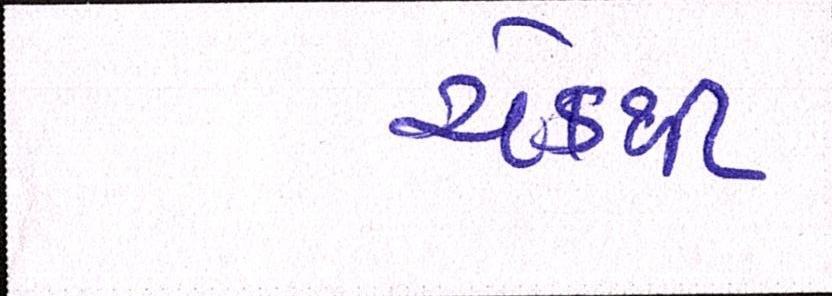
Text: ચેકથી